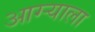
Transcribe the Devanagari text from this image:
आग्र्‍याला